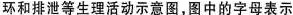
环和排泄等生理活动示意图，图中的字母表示